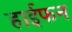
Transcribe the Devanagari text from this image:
हाईफन